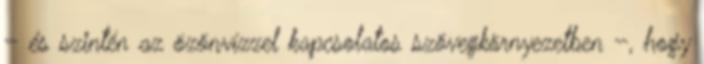
– és szintén az özönvízzel kapcsolatos szövegkörnyezetben –, hogy